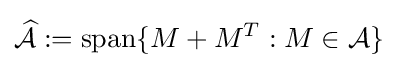
{\widehat {\mathcal {A}}}:=\operatorname {span} \{M+M^{T}:M\in {\mathcal {A}}\}